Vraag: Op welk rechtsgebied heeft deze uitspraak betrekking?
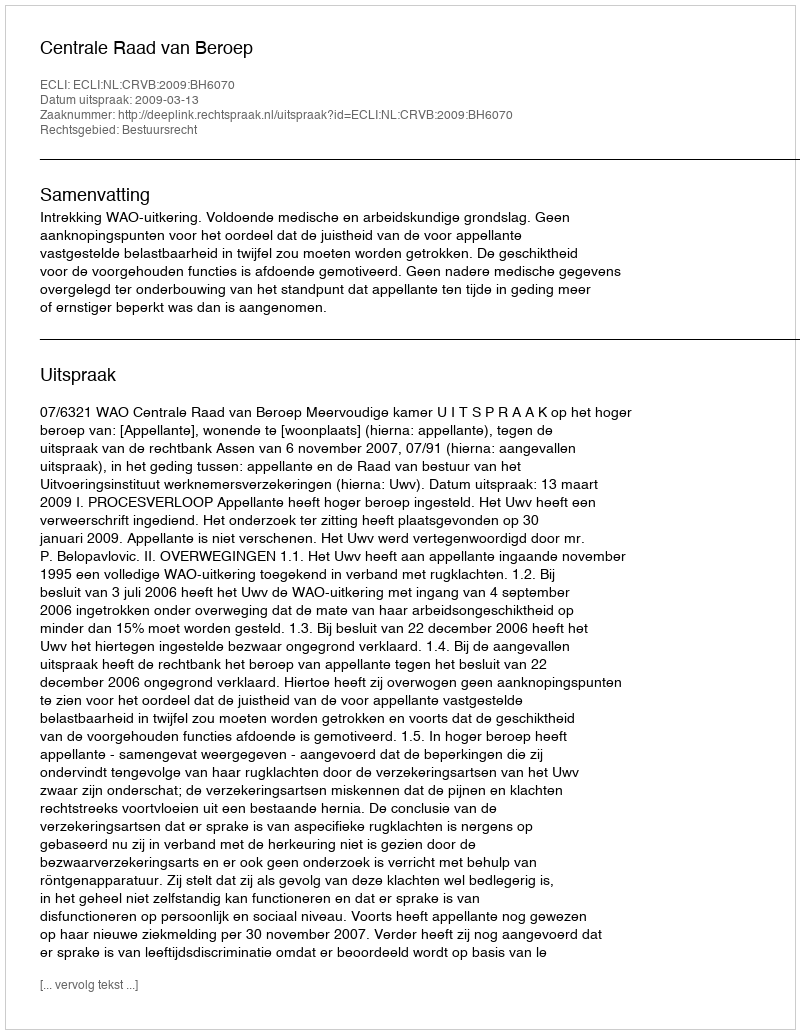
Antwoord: Bestuursrecht